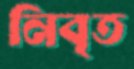
নিবৃত